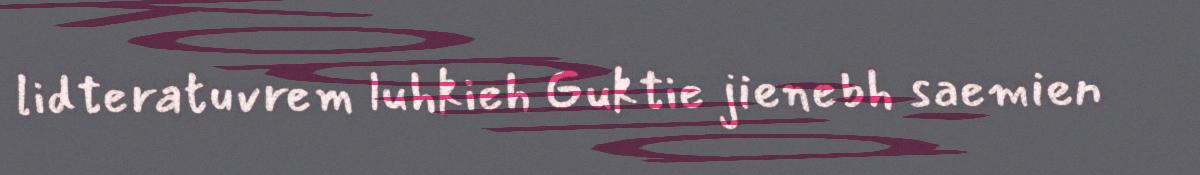
lidteratuvrem luhkieh Guktie jienebh saemien